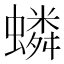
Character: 䗲